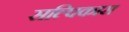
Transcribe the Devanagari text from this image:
सल्पिकास